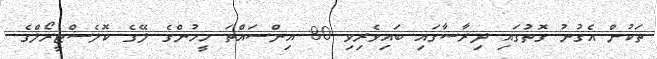
ތަކުން އެގުނު ގޮތުގައި ދިރާސާގައި ބައިވެރިވި 80 އިންސައްތަ މީހުންގެ ލޭގެ ކޮލެސްޓީރޯލްގެ